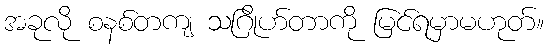
အခုလို စနစ်တကျ သဂြိုဟ်တာကို မြင်ရမှာမဟုတ်။